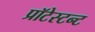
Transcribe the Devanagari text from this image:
प्रॉटेस्टन्ट